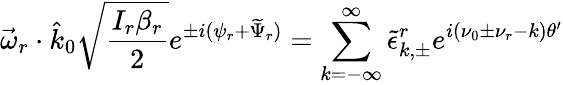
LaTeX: \vec{\omega}_{r}\cdot\hat{k}_{0}\sqrt{\frac{I_{r}\beta_{r}}{2}}e^{\pm i(\psi_{r}+\widetilde{\Psi}_{r})}=\sum_{k=-\infty}^{\infty}\tilde{\epsilon}_{k,\pm}^{r}e^{i(\nu_{0}\pm\nu_{r}-k)\theta^{\prime}}